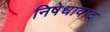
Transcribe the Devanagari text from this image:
निषेधावाद